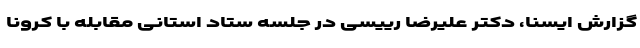
گزارش ایسنا، دکتر علیرضا رییسی در جلسه ستاد استانی مقابله با کرونا